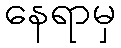
နေရာမှ